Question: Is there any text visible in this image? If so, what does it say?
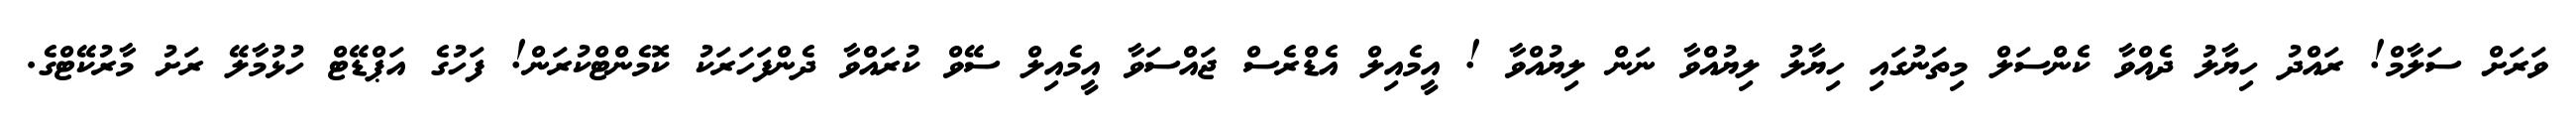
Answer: ވަރަށް ސަލާމް! ރައްދު ހިޔާލު ދެއްވާ ކެންސަލް މިތަނުގައި ހިޔާލު ލިޔުއްވާ ނަން ލިޔުއްވާ ! އީމެއިލް އެޑްރެސް ޖައްސަވާ އީމެއިލް ސޭވް ކުރައްވާ ދެންފަހަރަކު ކޮމެންޓްކުރަން! ފަހުގެ އަޕްޑޭޓް ހުޅުމާލޭ ރަށު މާރުކޭޓްގެ.